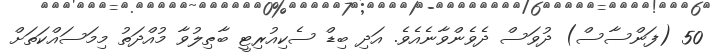
50 (ފަންސާސް) ދުވަސް ދެވެންވާނެއެވެ. އަދި ބިޑް ސެކިއުރިޓީ ބާޠިލުވާ މުއްދަތު މިމަސައްކަތަށް